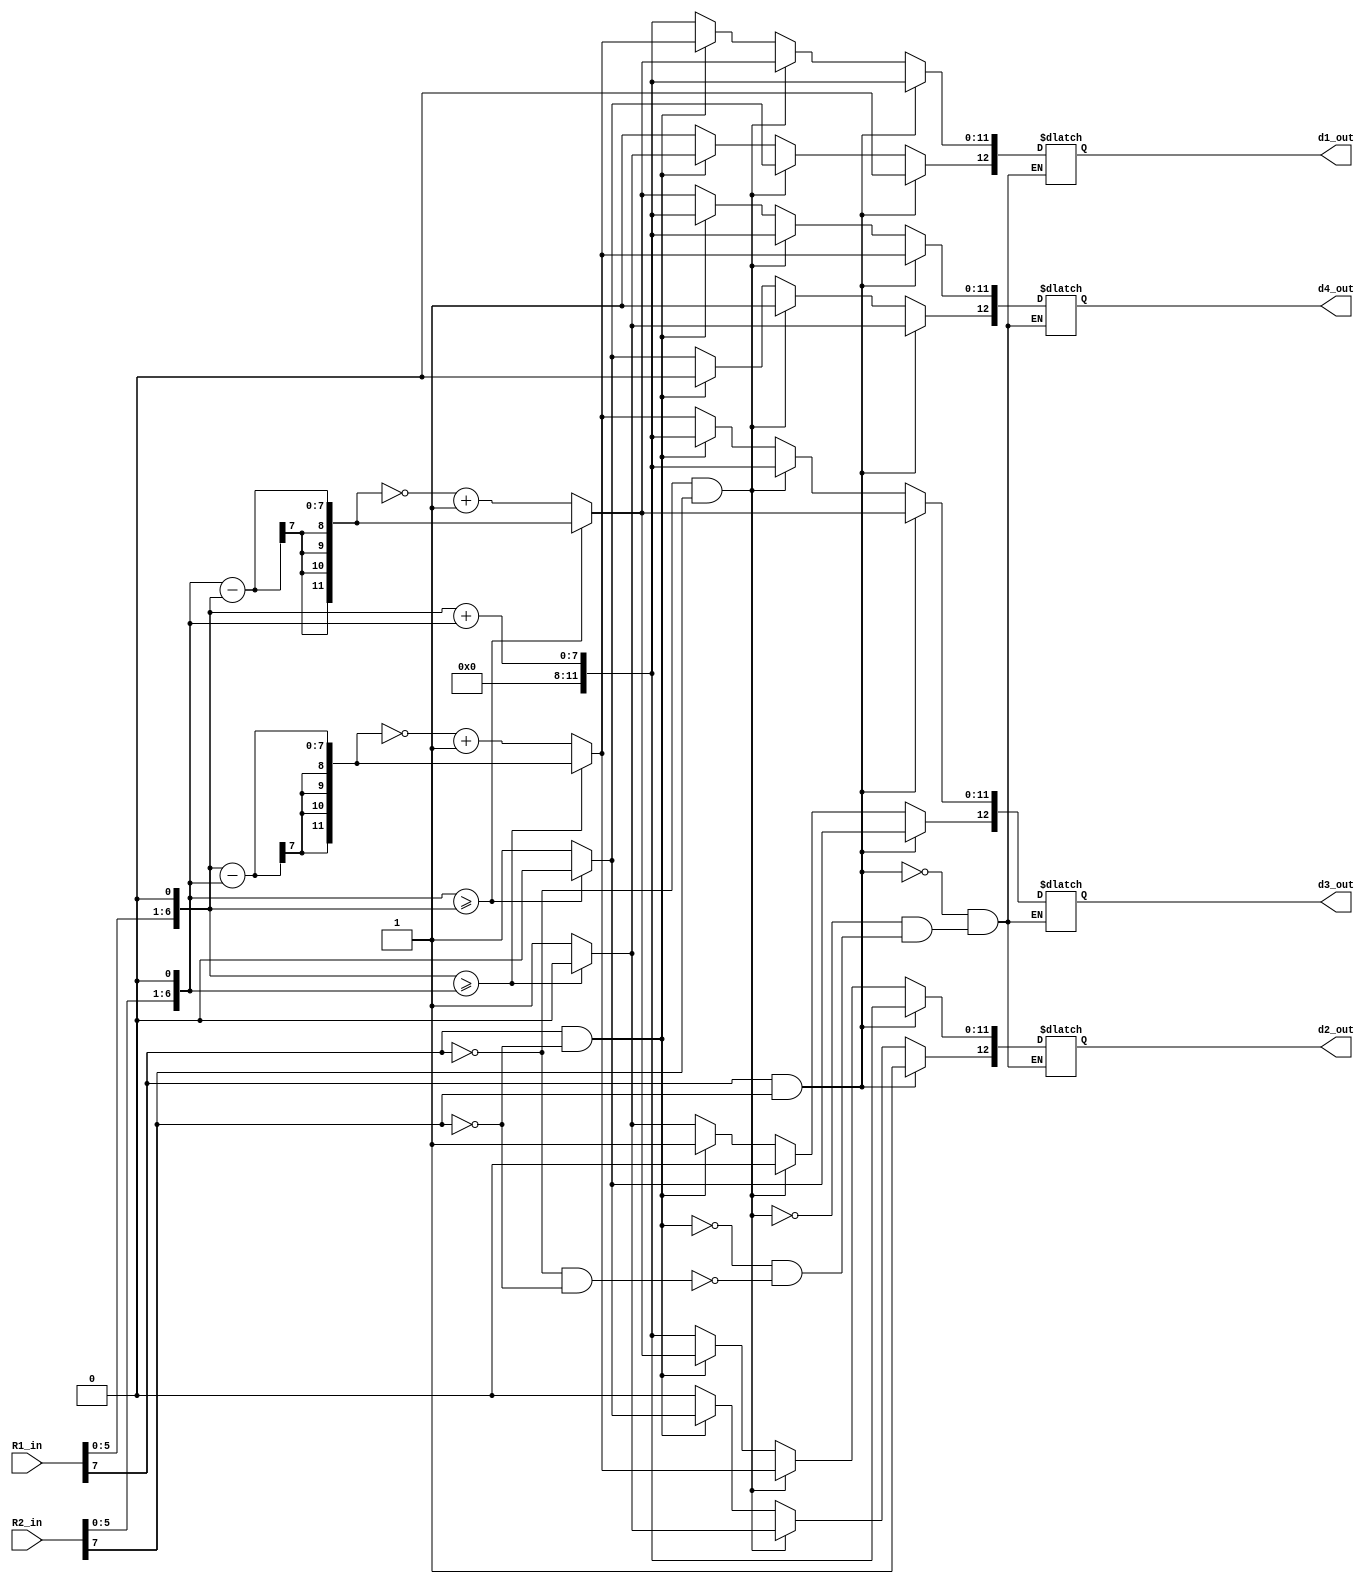

module stage1 (
R1_in	,
R2_in	,
d1_out,
d2_out, 
d3_out, 
d4_out			
);

input wire [7:0] R1_in;
input wire [7:0] R2_in;


output reg [12:0] d1_out;
output reg [12:0] d2_out;
output reg [12:0] d3_out;
output reg [12:0] d4_out;

reg [12:0] TWOR1;
reg [12:0] TWOR2;
reg [12:0] TWOR3;
reg [12:0] TWOR4;



always @(R1_in,R2_in)
begin
	
	TWOR1 = {R1_in[7],5'b00000,R1_in[6:0] << 1};
	TWOR2 = {R2_in[7],5'b00000,R2_in[6:0] << 1};

	//both numbers positive: 
	//			d1 = -(2R1 + 2R2)
	//			d2 = +2R1 + 2R2
	//			d3 = +2R1 - 2R2
	//			d4 = +2R2 - 2R1
	if(TWOR1[12] == 0 && TWOR2[12] == 0) begin
		d1_out[11:0] <= TWOR1[11:0] + TWOR2[11:0];
		d1_out[12] <= 1;

		d2_out[11:0] <= TWOR1[11:0] + TWOR2[11:0];
		d2_out[12] <= 0;

		if(TWOR1[11:0] >= TWOR2[11:0]) begin
			d3_out[11:0] <= TWOR1[11:0] - TWOR2[11:0];
			d3_out[12] <= 0;
		end else begin
			d3_out[11:0] <= (~(TWOR1[11:0] - TWOR2[11:0])+7'b0000001);
			d3_out[12] <= 1;

		end
		
		if(TWOR2[11:0] >= TWOR1[11:0]) begin
			d4_out[11:0] <= TWOR2[11:0] - TWOR1[11:0];
			d4_out[12] <= 0;
		end else begin
			d4_out[11:0] <= (~(TWOR2[11:0] - TWOR1[11:0])+7'b0000001); 
			d4_out[12] <= 1;

		end
	end

	//R1 negative, R2 positive: 
	//			d1 = +2R1 - 2R2
	//			d2 = +2R2 - 2R1
	//			d3 = -(2R1 + 2R2)
	//			d4 = +2R1 + 2R2 
	if (TWOR1[12] == 1 && TWOR2[12] == 0) begin

		if(TWOR1[11:0] >= TWOR2[11:0]) begin
			d1_out[11:0] <= TWOR1[11:0] - TWOR2[11:0];
			d1_out[12] <= 0;
		end else begin
			d1_out[11:0] <= (~(TWOR1[11:0] - TWOR2[11:0])+7'b0000001);
			d1_out[12] <= 1;
		end

		if(TWOR2[11:0] >= TWOR1[11:0]) begin
			d2_out[11:0] <= TWOR2[11:0] - TWOR1[11:0];
			d2_out[12] <= 0;
		end else begin
			d2_out[11:0] <= (~(TWOR2[11:0] - TWOR1[11:0])+7'b0000001); 
			d2_out[12] <= 1;
		end

		d3_out[11:0] <= TWOR1[11:0] + TWOR2[11:0];
		d3_out[12] <= 1;

		d4_out[11:0] <= TWOR1[11:0] + TWOR2[11:0];
		d4_out[12] <= 0;

	end



	////R2 negative, R1 positive: 
	//			d1 = +2R2 - 2R1
	//			d2 = +2R1 - 2R2
	//			d3 = +2R1 + 2R2
	//			d4 = -(2R1 + 2R2)
	if (TWOR1[12] == 0 && TWOR2[12] == 1) begin 

		if(TWOR2[11:0] >= TWOR1[11:0]) begin
			d1_out[11:0] <= TWOR2[11:0] - TWOR1[11:0];
			d1_out[12] <= 0;
		end else begin
			d1_out[11:0] <= (~(TWOR2[11:0] - TWOR1[11:0])+7'b0000001); 
			d1_out[12] <= 1;
		end

		if(TWOR1[11:0] >= TWOR2[11:0]) begin
			d2_out[11:0] <= TWOR1[11:0] - TWOR2[11:0];
			d2_out[12] <= 0;
		end else begin
			d2_out[11:0] <= (~(TWOR1[11:0] - TWOR2[11:0])+7'b0000001);
			d2_out[12] <= 1;
		end

		d3_out[11:0] <= TWOR1[11:0] + TWOR2[11:0];
		d3_out[12] <= 0;

		d4_out[11:0] <= TWOR1[11:0] + TWOR2[11:0];
		d4_out[12] <= 1;

	end

	//both numbers negative 
	//			d1 = +2R1 + 2R2
	//			d2 = -(2R1 + 2R2)
	//			d3 = +2R2 - 2R1
	//			d4 = +2R1 - 2R2
	if(TWOR1[12] == 1 && TWOR2[12] == 1) begin 

		d1_out[11:0] <= TWOR1[11:0] + TWOR2[11:0];
		d1_out[12] <= 0;

		d2_out[11:0] <= TWOR1[11:0] + TWOR2[11:0];
		d2_out[12] <= 1;

		if(TWOR2[11:0] >= TWOR1[11:0]) begin
			d3_out[11:0] <= TWOR2[11:0] - TWOR1[11:0];
			d3_out[12] <= 0;
		end else begin
			d3_out[11:0] <= (~(TWOR2[11:0] - TWOR1[11:0])+7'b0000001); 
			d3_out[12] <= 1;
		end

		if(TWOR1[11:0] >= TWOR2[11:0]) begin
			d4_out[11:0] <= TWOR1[11:0] - TWOR2[11:0];
			d4_out[12] <= 0;
		end else begin
			d4_out[11:0] <= (~(TWOR1[11:0] - TWOR2[11:0])+7'b0000001);
			d4_out[12] <= 1;
		end

	end

end


endmodule